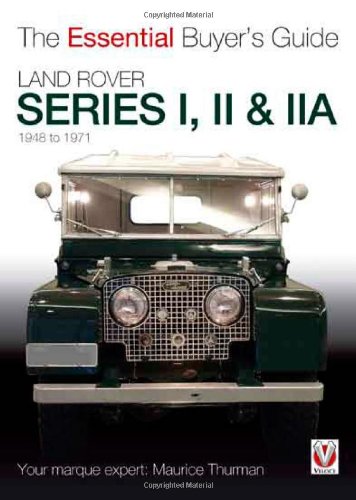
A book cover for Land Rover Series I, II & IIA (The Essential Buyer's Guide); Maurice Thurman; Engineering & Transportation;